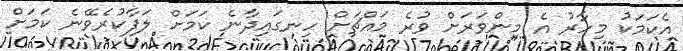
އެކަމަކު މިހާރު އެ މިންވަރަށް ވުރެ މައްޗަށް ހިނގައިދާނެ ކަމަށް ލަފާކުރެވޭނެ ކަމަށް